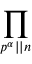
\prod _ { p ^ { \alpha } | | n }